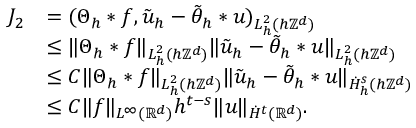
\begin{array} { r l } { J _ { 2 } } & { = ( \Theta _ { h } * f , \tilde { u } _ { h } - \tilde { \theta } _ { h } * u ) _ { L _ { h } ^ { 2 } ( h \mathbb { Z } ^ { d } ) } } \\ & { \le \| \Theta _ { h } * f \| _ { L _ { h } ^ { 2 } ( h \mathbb { Z } ^ { d } ) } \| \tilde { u } _ { h } - \tilde { \theta } _ { h } * u \| _ { L _ { h } ^ { 2 } ( h \mathbb { Z } ^ { d } ) } } \\ & { \le C \| \Theta _ { h } * f \| _ { L _ { h } ^ { 2 } ( h \mathbb { Z } ^ { d } ) } \| \tilde { u } _ { h } - \tilde { \theta } _ { h } * u \| _ { \dot { H } _ { h } ^ { s } ( h \mathbb { Z } ^ { d } ) } } \\ & { \le C \| f \| _ { L ^ { \infty } ( \mathbb { R } ^ { d } ) } h ^ { t - s } \| u \| _ { \dot { H } ^ { t } ( \mathbb { R } ^ { d } ) } . } \end{array}